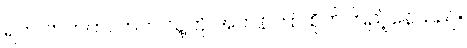
ရက် ဘတ်တလာက သူ့ကို အတန်ကြာ စိုက်ကြည့်နေသည်။